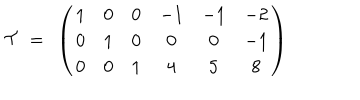
{ \cal T } ~ = ~ \left( \begin{matrix} { { 1 } } & { { 0 } } & { { 0 } } & { { - 1 } } & { { - 1 } } & { { - 2 } } \\ { { 0 } } & { { 1 } } & { { 0 } } & { { 0 } } & { { 0 } } & { { - 1 } } \\ { { 0 } } & { { 0 } } & { { 1 } } & { { 4 } } & { { 5 } } & { { 8 } } \\ \end{matrix} \right)